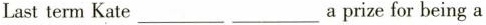
Last term Kate___ ___a prize for being a